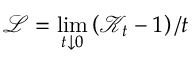
\mathcal { L } = \operatorname* { l i m } _ { t \downarrow 0 } \left( \mathcal { K } _ { t } - 1 \right) / t